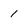
Character: 1